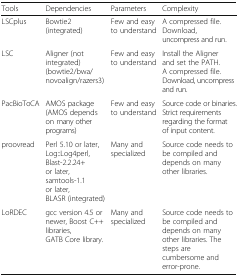
<table><thead><tr><td><b>Tools</b></td><td><b>Dependencies</b></td><td><b>Parameters</b></td><td><b>Complexity</b></td></tr></thead><tbody><tr><td>LSCplus</td><td>Bowtie2 (integrated)</td><td>Few and easy to understand</td><td>A compressed file. Download, uncompress and run.</td></tr><tr><td>LSC</td><td>Aligner (not integrated) (bowtie2/bwa/novoalign/razers3)</td><td>Few and easy to understand</td><td>Install the Aligner and set the PATH. A compressed file. Download, uncompress and run.</td></tr><tr><td>PacBioToCA</td><td>AMOS package (AMOS depends on many other programs)</td><td>Few and easy to understand</td><td>Source code or binaries. Strict requirements regarding the format of input content.</td></tr><tr><td>proovread</td><td>Perl 5.10 or later,Log::Log4perl,Blast-2.2.24+ or later,samtools-1.1 or later,BLASR (integrated)</td><td>Many and specialized</td><td>Source code needs to be compiled and depends on many other libraries.</td></tr><tr><td>LoRDEC</td><td>gcc version 4.5 or newer, Boost C++ libraries,GATB Core library.</td><td>Many and specialized</td><td>Source code needs to be compiled and depends on many other libraries. The steps are cumbersome and error-prone.</td></tr></tbody></table>